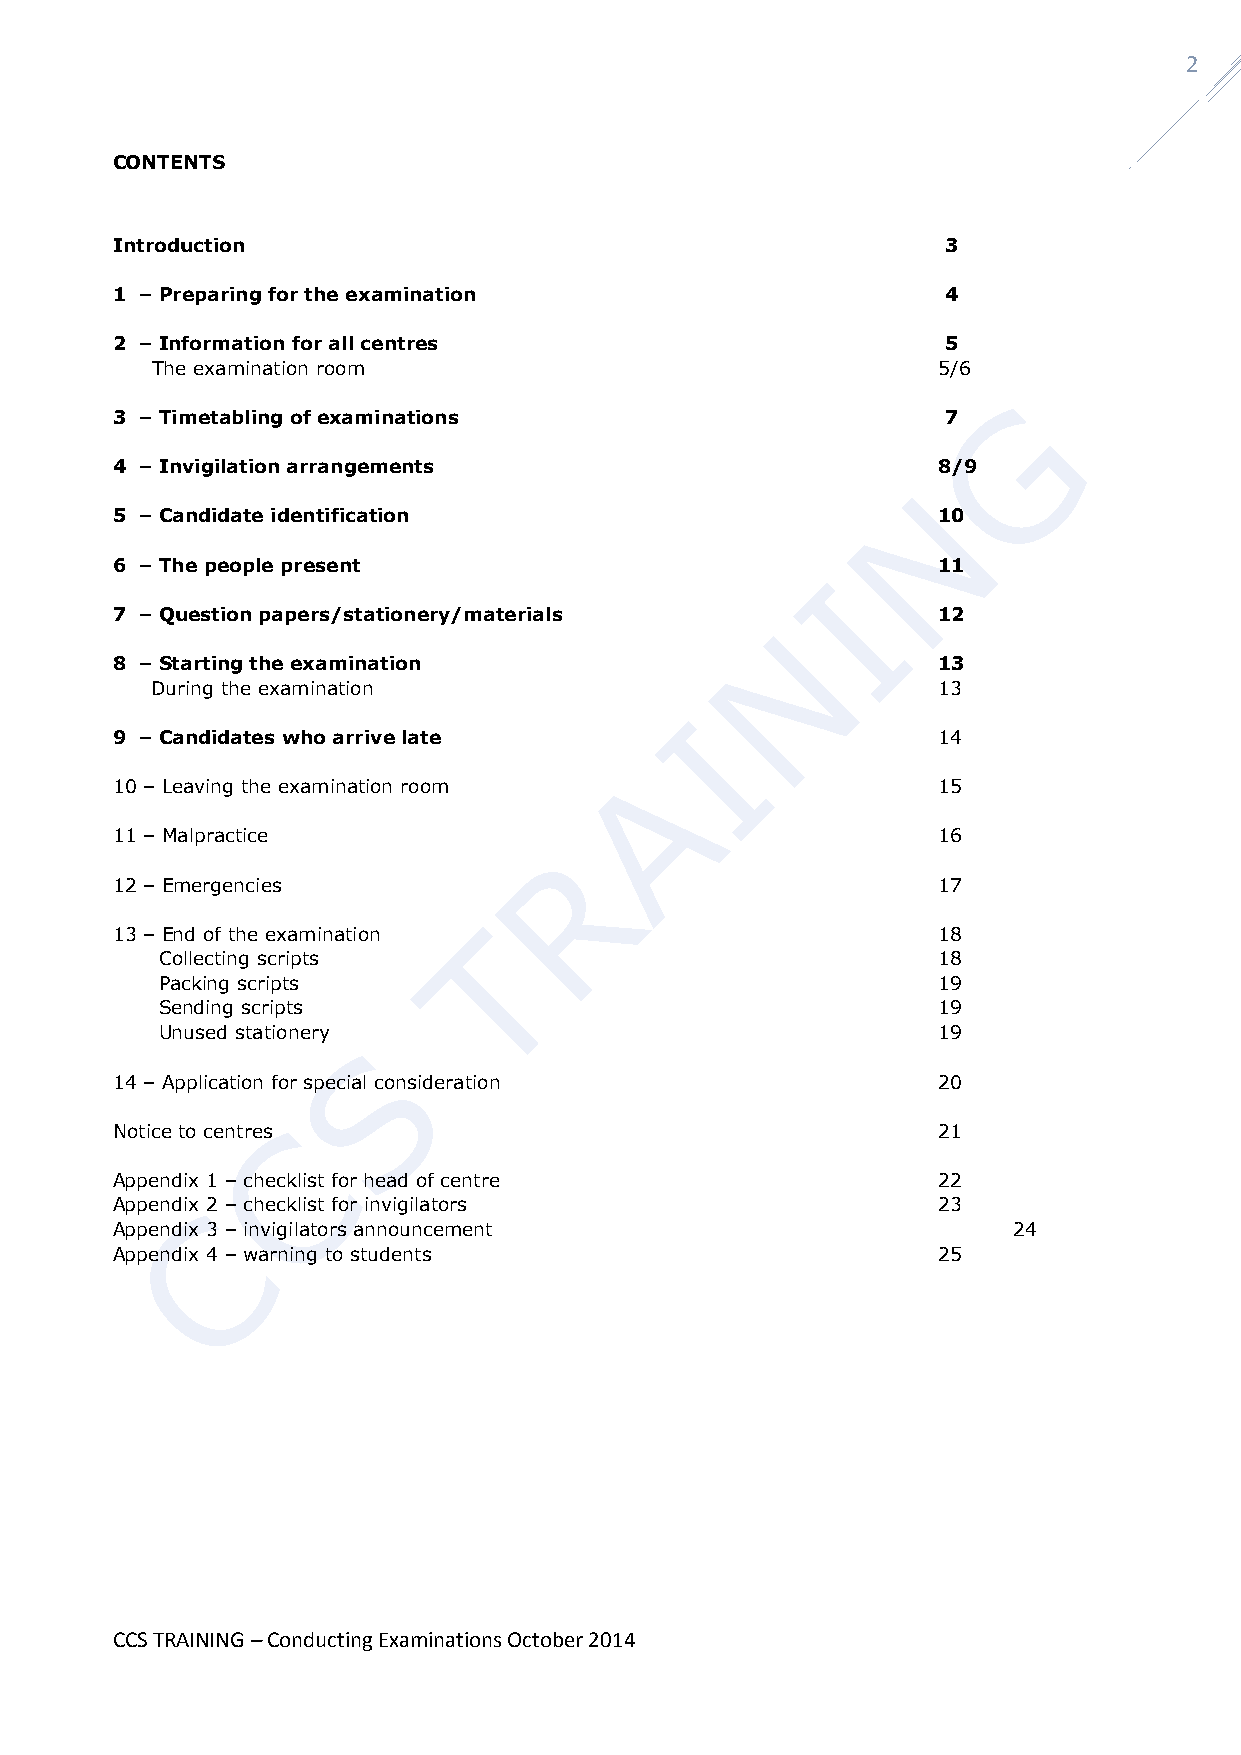
2
 CONTENTS
 Introduction                                            3
 1 – Preparing for the examination                       4
 2 – Information for all centres                         5
 The examination room                                5/6
 3 – Timetabling of examinations                         7
 4 – Invigilation arrangements                          8/9
 5 – Candidate identification                           10
 6 – The people present                                 11
 7 – Question papers/stationery/materials               12
 8 – Starting the examination                           13
 During the examination                              13
 9 – Candidates who arrive late                         14
 10 – Leaving the examination room                      15
 11 – Malpractice                                       16
 12 – Emergencies                                       17
 13 – End of the examination                            18
 Collecting scripts                                  18
 Packing scripts                                     19
 Sending scripts                                     19
 Unused stationery                                   19
 14 – Application for special consideration             20
 Notice to centres                                      21
 Appendix 1 – checklist for head of centre              22
 Appendix 2 – checklist for invigilators                23
 Appendix 3 – invigilators announcement                      24
 Appendix 4 – warning to students                       25
 CCS TRAINING – Conducting Examinations October 2014